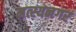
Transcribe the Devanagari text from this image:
मत्स्यनगर